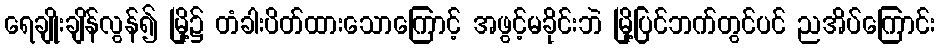
ရေချိုးချိန်လွန်၍ မြို့၌ တံခါးပိတ်ထားသောကြောင့် အဖွင့်မခိုင်းဘဲ မြို့ပြင်ဘက်တွင်ပင် ညအိပ်ကြောင်း